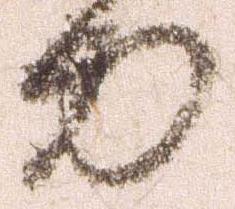
力